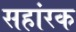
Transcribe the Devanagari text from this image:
सहांरक